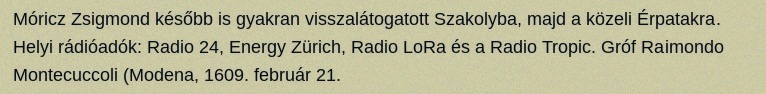
Móricz Zsigmond később is gyakran visszalátogatott Szakolyba, majd a közeli Érpatakra. Helyi rádióadók: Radio 24, Energy Zürich, Radio LoRa és a Radio Tropic. Gróf Raimondo Montecuccoli (Modena, 1609. február 21.